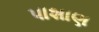
પાશાણ